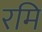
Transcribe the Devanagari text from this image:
रमि